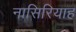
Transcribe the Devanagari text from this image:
नासिरियाह